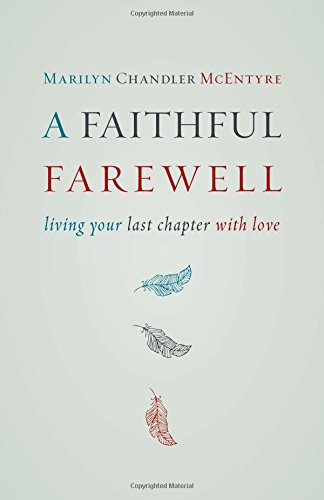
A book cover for A Faithful Farewell: Living Your Last Chapter with Love; Marilyn Chandler McEntyre; Self-Help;